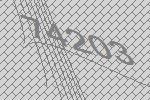
74203